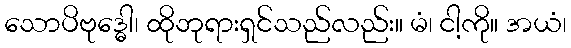
သောပိဗုဒ္ဓေါ၊ ထိုဘုရားရှင်သည်လည်း။ မံ၊ ငါ့ကို။ အယံ၊